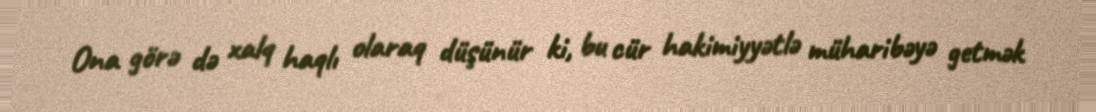
Ona görə də xalq haqlı olaraq düşünür ki, bu cür hakimiyyətlə müharibəyə getmək